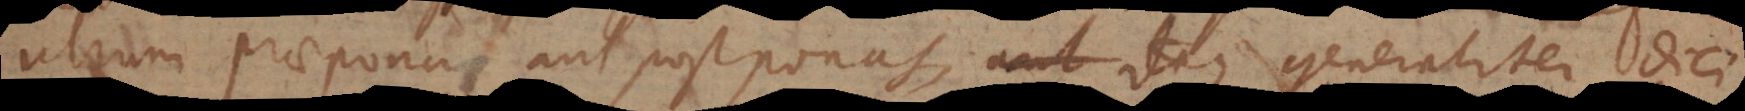
utrum praeponas aut postponas, itaque generaliter dici